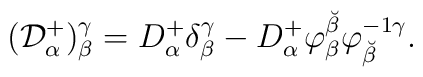
({\cal D}^+_\alpha)^\gamma_\beta =  D^+_\alpha\delta^\gamma_\beta - D^+_\alpha \varphi_\beta^{\breve\beta}\varphi^{-1\gamma}_{\breve\beta} .